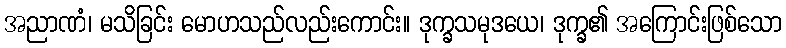
အညာဏံ၊ မသိခြင်း မောဟသည်လည်းကောင်း။ ဒုက္ခသမုဒယေ၊ ဒုက္ခ၏ အကြောင်းဖြစ်သော